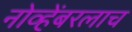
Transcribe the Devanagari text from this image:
नोव्हेंबरलाच